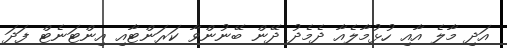
އަދި މާލެ އާއި ހުޅުމާލެއާ ދެމެދު ދޭން ބޭނުންވާ ކަރަންޓާއި އިންޓަނެޓް ފަދަ